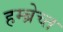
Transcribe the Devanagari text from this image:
हम्ब्रेच्त